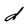
Character: d